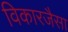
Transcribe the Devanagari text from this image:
विकारजैसा